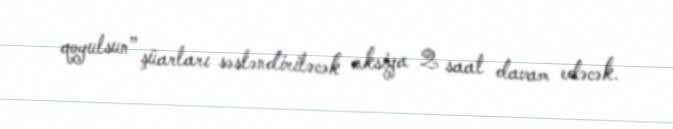
qoyulsun” şüarları səsləndiriləcək aksiya 2 saat davam edəcək.